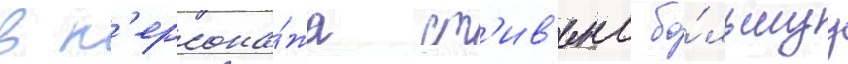
в п'ерсона́жа ст'ив'енс бо́льшуу